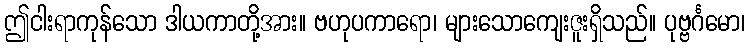
ဤငါးရာကုန်သော ဒါယကာတို့အား။ ဗဟုပကာရော၊ များသောကျေးဇူးရှိသည်။ ပုဗ္ဗင်္ဂမော၊